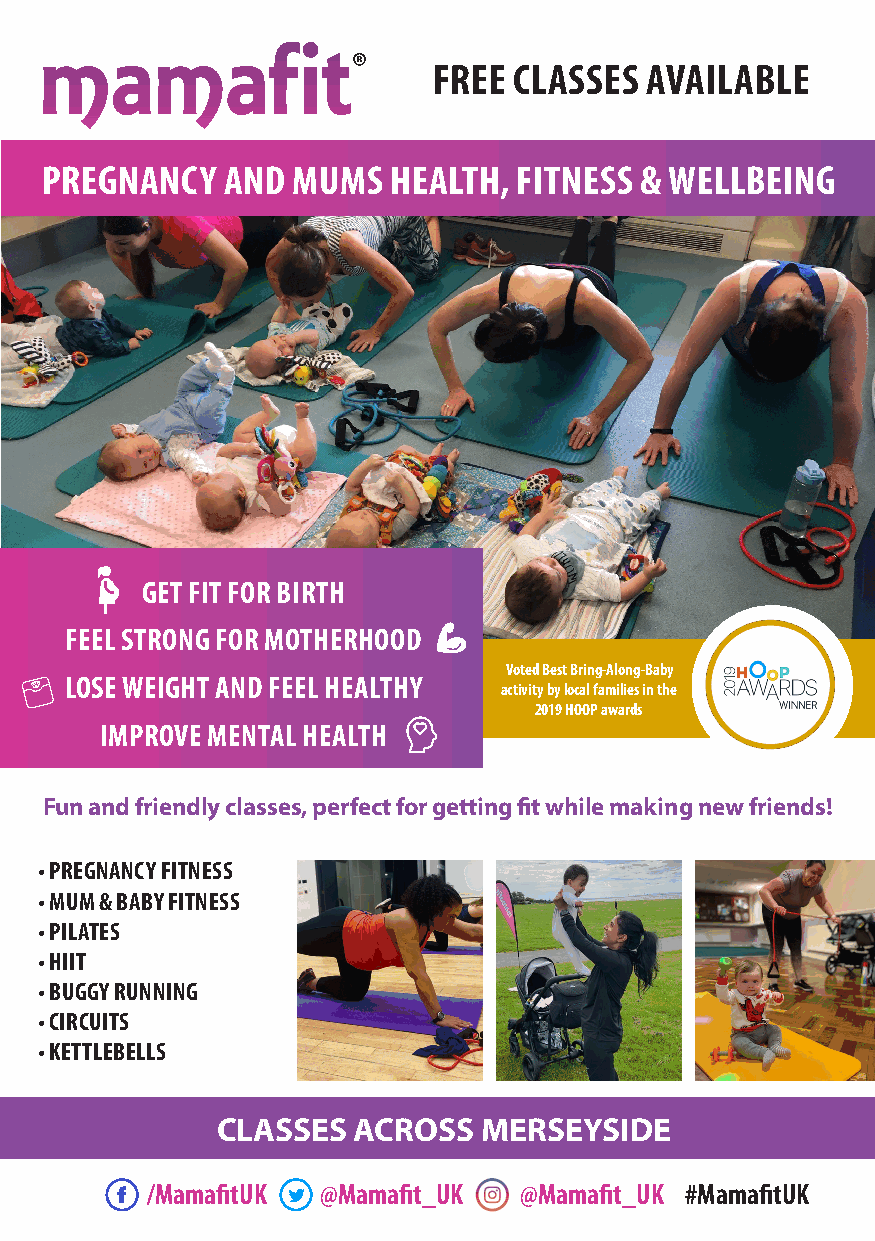
mamafit
 FREE CLASSES  AVAILABLE
 PREGNANCY   AND MUMS   HEALTH, FITNESS & WELLBEING
 GET FIT FOR BIRTH
 FEEL STRONG FOR MOTHERHOOD
 Voted Best Bring-Along-Baby
 LOSE WEIGHT AND FEEL HEALTHY
 activity by local families in the
 2019 HOOP awards
 IMPROVE MENTAL HEALTH
 Fun and friendly classes, perfect for getting fit while making new friends!
 • PREGNANCY FITNESS
 • MUM & BABY FITNESS
 • PILATES
 • HIIT
 • BUGGY RUNNING
 • CIRCUITS
 • KETTLEBELLS
 CLASSES  ACROSS   MERSEYSIDE
 /MamafitUK @Mamafit_UK  @Mamafit_UK #MamafitUK